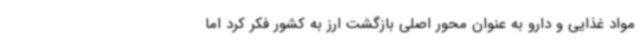
مواد غذایی و دارو به عنوان محور اصلی بازگشت ارز به کشور فکر کرد اما